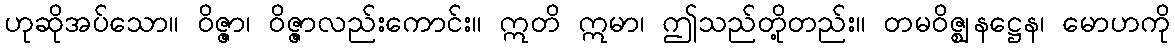
ဟုဆိုအပ်သော။ ဝိဇ္ဇာ၊ ဝိဇ္ဇာလည်းကောင်း။ ဣတိ ဣမာ၊ ဤသည်တို့တည်း။ တမဝိဇ္ဈနဋ္ဌေန၊ မောဟကို